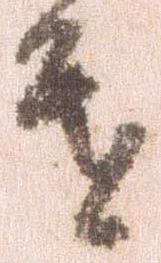
進